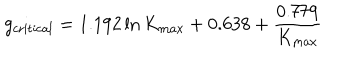
g _ { \mathrm { c r i t i c a l } } = 1 . 1 9 2 \ln K _ { \mathrm { m a x } } + 0 . 6 3 8 + \frac { 0 . 7 7 9 } { K _ { \mathrm { m a x } } }